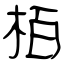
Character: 栢